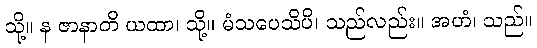
သို့။ န ဇာနာတိ ယထာ၊ သို့။ မံသပေသိပိ၊ သည်လည်း။ အဟံ၊ သည်။